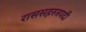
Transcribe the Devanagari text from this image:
राससहस्त्रपदी